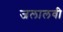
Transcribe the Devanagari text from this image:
जलालवी